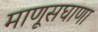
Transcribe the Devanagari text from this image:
माणूसघाणा